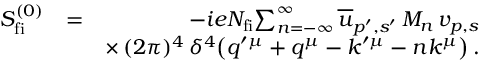
\begin{array} { r l r } { S _ { \mathrm { f i } } ^ { ( 0 ) } } & { = } & { - i e N _ { \mathrm { f i } } \! \sum _ { n = - \infty } ^ { \infty } \overline { { u } } _ { p ^ { \prime } , s ^ { \prime } } \, M _ { n } \, v _ { p , s } } \\ & { } & { \times \, ( 2 \pi ) ^ { 4 } \, \delta ^ { 4 } \big ( q ^ { \prime \mu } + q ^ { \mu } - k ^ { \prime \mu } - n k ^ { \mu } \big ) \, . } \end{array}